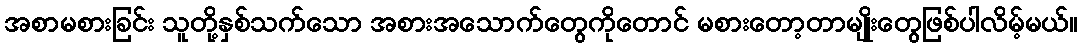
အစာမစားခြင်း သူတို့နှစ်သက်သော အစားအသောက်တွေကိုတောင် မစားတော့တာမျိုးတွေဖြစ်ပါလိမ့်မယ်။